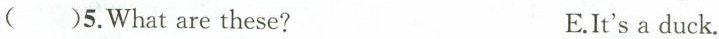
()5.What are these? E.It's a duck.